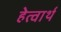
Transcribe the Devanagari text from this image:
हेत्वार्थ